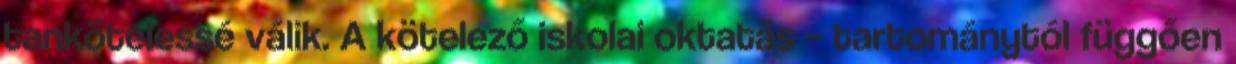
tankötelessé válik. A kötelező iskolai oktatás – tartománytól függően